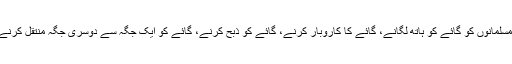
اب مودی کے ”اقدام مساوات“ کے بعد بھارتی مسلمانوں کو گائے کو ہاتھ لگانے، گائے کا کاروبار کرنے، گائے کو ذبح کرنے، گائے کو ایک جگہ سے دوسری جگہ منتقل کرنے پر قتل کرنے کی حوصلہ افزائی کی گئی ہے۔